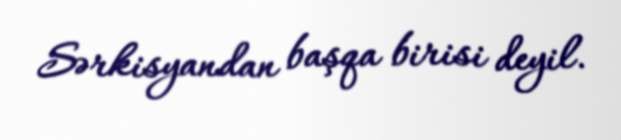
Sərkisyandan başqa birisi deyil.